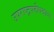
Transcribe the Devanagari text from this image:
उपराष्ट्रपतीपदावर